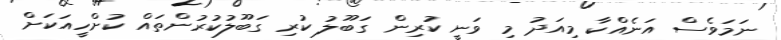
ނަމަވެސް އަނެއްކާ މިއަދު މި ވަނީ ކުރިން ގަބޫލު ކުރި ގަބޫލުކުރުންތައް ކުށްހީއަކަށް